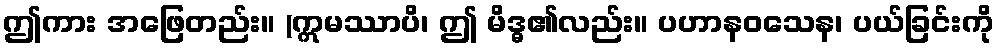
ဤကား အဖြေတည်း။ (ဣမဿာပိ၊ ဤ မိဒ္ဓ၏လည်း။ ပဟာနဝသေန၊ ပယ်ခြင်းကို